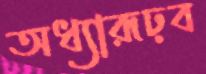
অধ্যারূঢ়ব